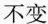
不变